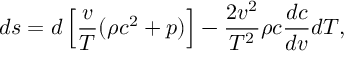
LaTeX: d s = d \left[ { \frac { v } { T } } ( \rho c ^ { 2 } + p ) \right] - { \frac { 2 v ^ { 2 } } { T ^ { 2 } } } \rho c { \frac { d c } { d v } } d T ,